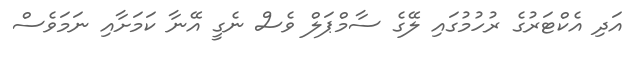
އަދި އެކްޓަރުގެ ރުހުމުގައި ލޭގެ ސާމްޕަލް ވެސް ނެގީ އޭނާ ކަމަށާއި ނަމަވެސް